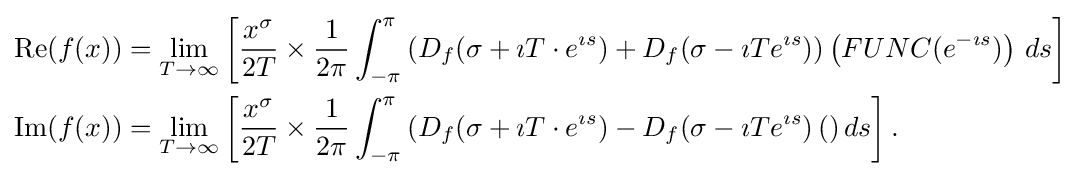
{\begin{aligned}\operatorname {Re} (f(x))&=\lim _{T\rightarrow \infty }\left[{\frac {x^{\sigma }}{2T}}\times {\frac {1}{2\pi }}\int _{-\pi }^{\pi }\left(D_{f}(\sigma +\imath T\cdot e^{\imath s})+D_{f}(\sigma -\imath Te^{\imath s})\right)\left(FUNC(e^{-\imath s})\right)\,ds\right]\\\operatorname {Im} (f(x))&=\lim _{T\rightarrow \infty }\left[{\frac {x^{\sigma }}{2T}}\times {\frac {1}{2\pi }}\int _{-\pi }^{\pi }\left(D_{f}(\sigma +\imath T\cdot e^{\imath s})-D_{f}(\sigma -\imath Te^{\imath s}\right)()\,ds\right].\end{aligned}}